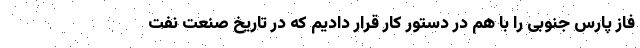
فاز پارس جنوبی را با هم در دستور کار قرار دادیم که در تاریخ صنعت نفت